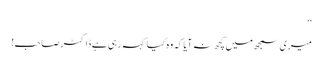
‘‘
میری سمجھ میں کچھ نہ آیا کہ وہ کیا کہہ رہی ہے ڈاکٹر صاحب!